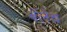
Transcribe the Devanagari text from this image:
बॅलेच